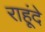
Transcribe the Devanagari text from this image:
राहूंदे